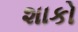
શાકો